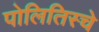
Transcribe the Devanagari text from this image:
पोलितिस्चे